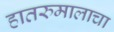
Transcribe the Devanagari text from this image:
हातरुमालाचा